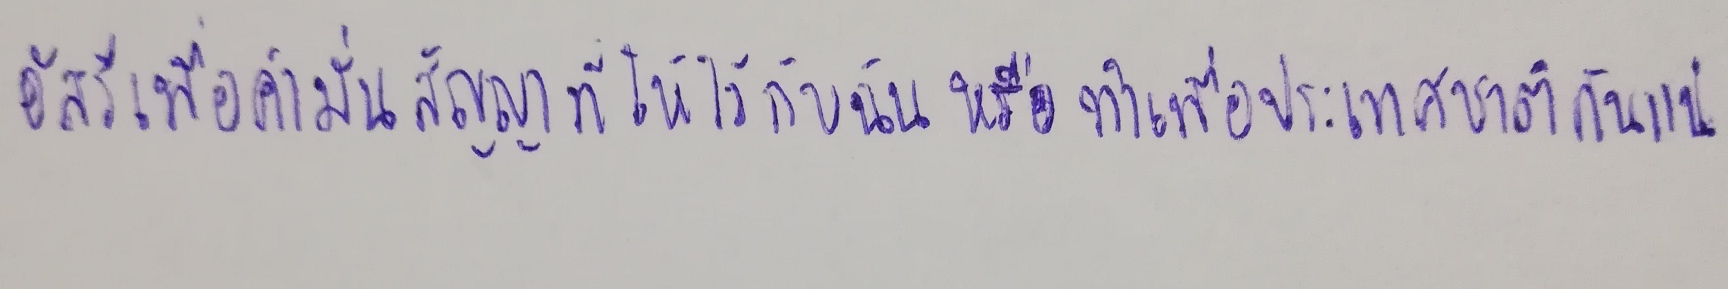
อัสรีทำเพื่อคำมั่นสัญญาที่ให้ไว้กับฉันหรือทำเพื่อประเทศชาติกันแน่